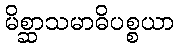
မိစ္ဆာသမာဓိပစ္စယာ